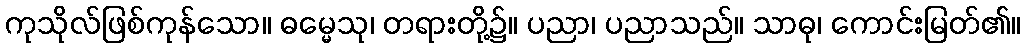
ကုသိုလ်ဖြစ်ကုန်သော။ ဓမ္မေသု၊ တရားတို့၌။ ပညာ၊ ပညာသည်။ သာဓု၊ ကောင်းမြတ်၏။